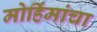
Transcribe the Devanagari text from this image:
मोहिंमांचा